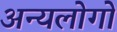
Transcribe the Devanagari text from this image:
अन्यलोगों